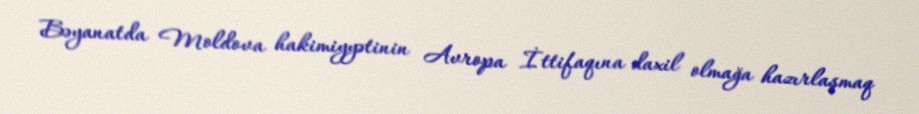
Bəyanatda Moldova hakimiyyətinin Avropa İttifaqına daxil olmağa hazırlaşmaq